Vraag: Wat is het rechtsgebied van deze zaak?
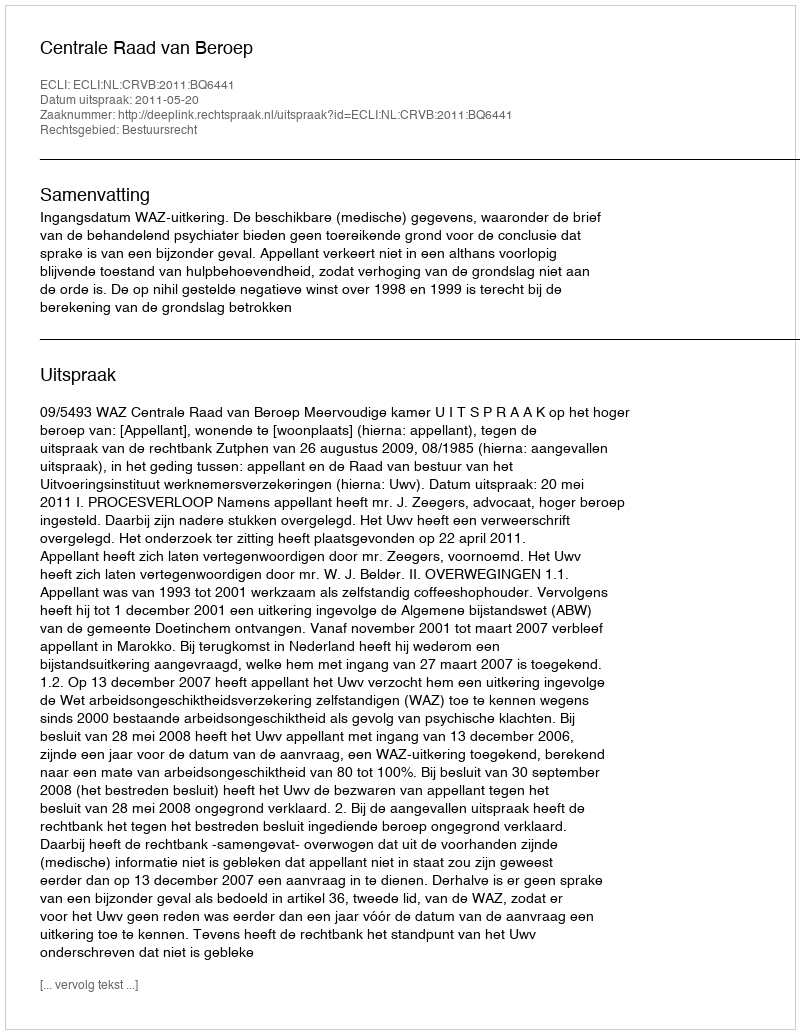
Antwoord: Bestuursrecht